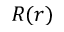
R ( r )